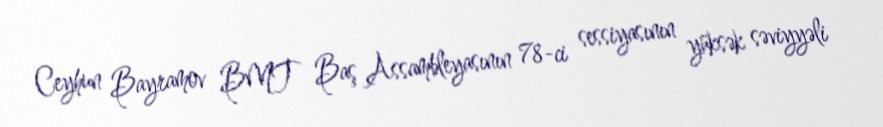
Ceyhun Bayramov BMT Baş Assambleyasının 78-ci sessiyasının yüksək səviyyəli